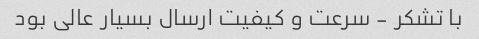
با تشکر - سرعت و کیفیت ارسال بسیار عالی بود